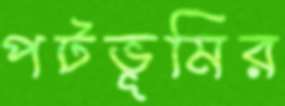
পটভূমির